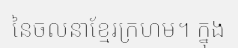
នៃចលនាខ្មែរក្រហម។ ក្នុង